Annual report on the Civil Veterinary Department, Burma (including the Insein Veterinary School) - 1910-1922
Year: 1910
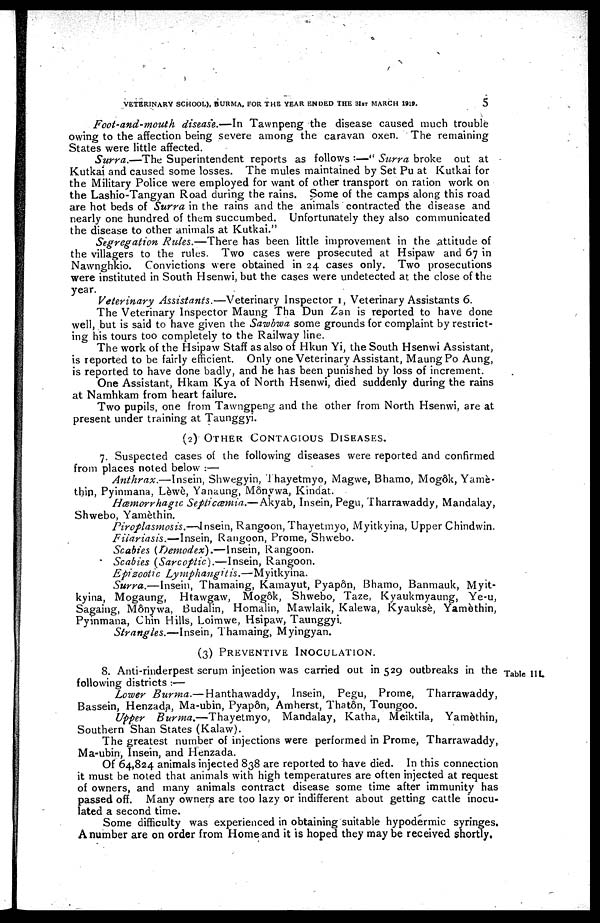
VETERINARY SCHOOL), BURMA, FOR THE YEAR ENDED THE 31ST MARCH 1919.
5
Foot-and-mouth disease.—In Tawnpeng the disease caused much trouble
owing to the affection being severe among the caravan oxen. The remaining
States were little affected.
Surra.—The Superintendent reports as follows :—" Surra broke out at
Kutkai and caused some losses. The mules maintained by Set Pu at Kutkai for
the Military Police were employed for want of other transport on ration work on
the Lashio-Tangyan Road during the rains. Some of the camps along this road
are hot beds of Surra in the rains and the animals contracted the disease and
nearly one hundred of them succumbed. Unfortunately they also communicated
the disease to other animals at Kutkai."
Segregation Rules.—There has been little improvement in the attitude of
the villagers to the rules. Two cases were prosecuted at Hsipaw and 67 in
Nawnghkio. Convictions were obtained in 24 cases only. Two prosecutions
were instituted in South Hsenwi, but the cases were undetected at the close of the
year.
Veterinary Assistants.—Veterinary Inspector 1, Veterinary Assistants 6.
The Veterinary Inspector Maung Tha Dun Zan is reported to have done
well, but is said to have given the Sawbwa some grounds for complaint by restrict-
ing his tours too completely to the Railway line.
The work of the Hsipaw Staff as also of Hkun Yi, the South Hsenwi Assistant,
is reported to be fairly efficient. Only one Veterinary Assistant, Maung Po Aung,
is reported to have done badly, and he has been punished by loss of increment.
One Assistant, Hkam Kya of North Hsenwi, died suddenly during the rains
at Namhkam from heart failure.
Two pupils, one from Tawngpeng and the other from North Hsenwi, are at
present under training at Taunggyi.
(2) OTHER CONTAGIOUS DISEASES.
7. Suspected cases of the following diseases were reported and confirmed
from places noted below:—
Anthrax.—Insein, Shwegyin, Thayetmyo, Magwe, Bhamo, Mogôk, Yamè-
thin, Pyinmana, Lèwè, Yanaung, Mônvwa, Kindat.
Hæmorrhagic Septicæmia.—Akyab, Insein, Pegu, Tharrawaddy, Mandalay,
Shwebo, Yamèthin.
Piroplasmosis.—Insein, Rangoon, Thayetmyo, Myitkyina, Upper Chindwin.
Filariasis.—Insein, Rangoon, Prome, Shwebo.
Scabies (Demodex).—Insein, Rangoon.
Scabies (Sarcoptic).—Insein, Rangoon.
Epizootic Lymphangitis.—Myitkyina.
Surra.—Insein, Thamaing, Kamayut, Pyapôn, Bhamo, Banmauk, Myit-
kyina, Mogaung, Htawgaw, Mogôk, Shwebo, Taze, Kyaukmyaung, Ye.u,
Sagaing, Mônywa, Budalin, Homalin, Mawlaik, Kalewa, Kyauksè, Yamèthin,
Pyinmana, Chin Hills, Loimwe, Hsipaw, Taunggyi.
Strangles.—Insein, Thamaing, Myingyan.
(3) PREVENTIVE INOCULATION.
Table III.
8. Anti-rinderpest serum injection was carried out in 529 outbreaks in the
following districts:—
Lower Burma.— Hanthawaddy, Insein, Pegu, Prome, Tharrawaddy,
Bassein, Henzada, Ma-ubin, Pyapôn, Amherst, Thatôn, Toungoo.
Upper Burma.—Thayetmyo,
Mandalay, Katha, Meiktila, Yamèthin,
Southern Shan States (Kalaw).
The greatest number of injections were performed in Prome, Tharrawaddy,
Ma-ubin, Insein, and Henzada.
Of 64,824 animals injected 838 are reported to have died. In this connection
it must be noted that animals with high temperatures are often injected at request
of owners, and many animals contract disease some time after immunity has
passed off. Many owners are too lazy or indifferent about getting cattle inocu-
lated a second time.
Some difficulty was experienced in obtaining suitable hypodermic syringes.
A number are on order from Home and it is hoped they may be received shortly.